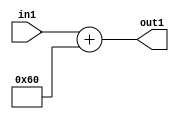
`timescale 1ps / 1ps
/*****************************************************************************
    Verilog RTL Description
    
    
    Created by: Stratus DpOpt 2019.1.01 
*******************************************************************************/

module DC_Filter_Add_12U_210_4 (
	in1,
	out1
	); /* architecture "behavioural" */ 
input [11:0] in1;
output [11:0] out1;
wire [11:0] asc001;

assign asc001 = 
	+(in1)
	+(12'B000001100000);

assign out1 = asc001;
endmodule

/* CADENCE  urnxTAw= : u9/ySgnWtBlWxVPRXgAZ4Og= ** DO NOT EDIT THIS LINE ******/